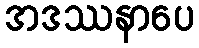
အဒဿနာပေ